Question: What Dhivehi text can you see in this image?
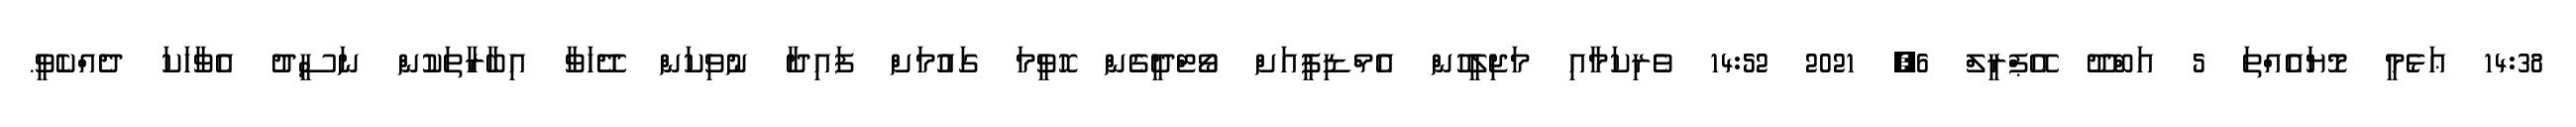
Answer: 14:38 ޢަޅެމީ މޮޔައެއްތަ 5 އަބްދޫ އޭޕްރީލް 6, 2021 14:52 ވެރިކަމާއި މަޖިލީހުން އެމްޑިޕީއަށް ވޯޓްދީގެން ހޮވީމަ ގައުމަށް ފައިދާ ނުވިކަން ދޭހަވާ އިބާރާތަކުން ނަސީދު އެވާހަކަ ދެއްކެވީ.